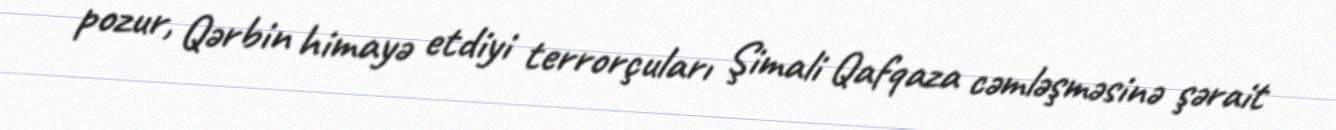
pozur, Qərbin himayə etdiyi terrorçuları Şimali Qafqaza cəmləşməsinə şərait